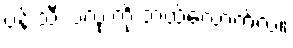
ပန်းသီး ၁လုံးကို ဘယ်လောက်လဲ။